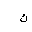
Letter: _kaf